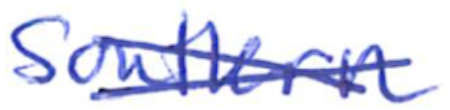
Text: Southern
Cross-out: cross
Writing tool: ballpoint